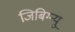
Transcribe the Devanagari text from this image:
जिबिग्न्यु